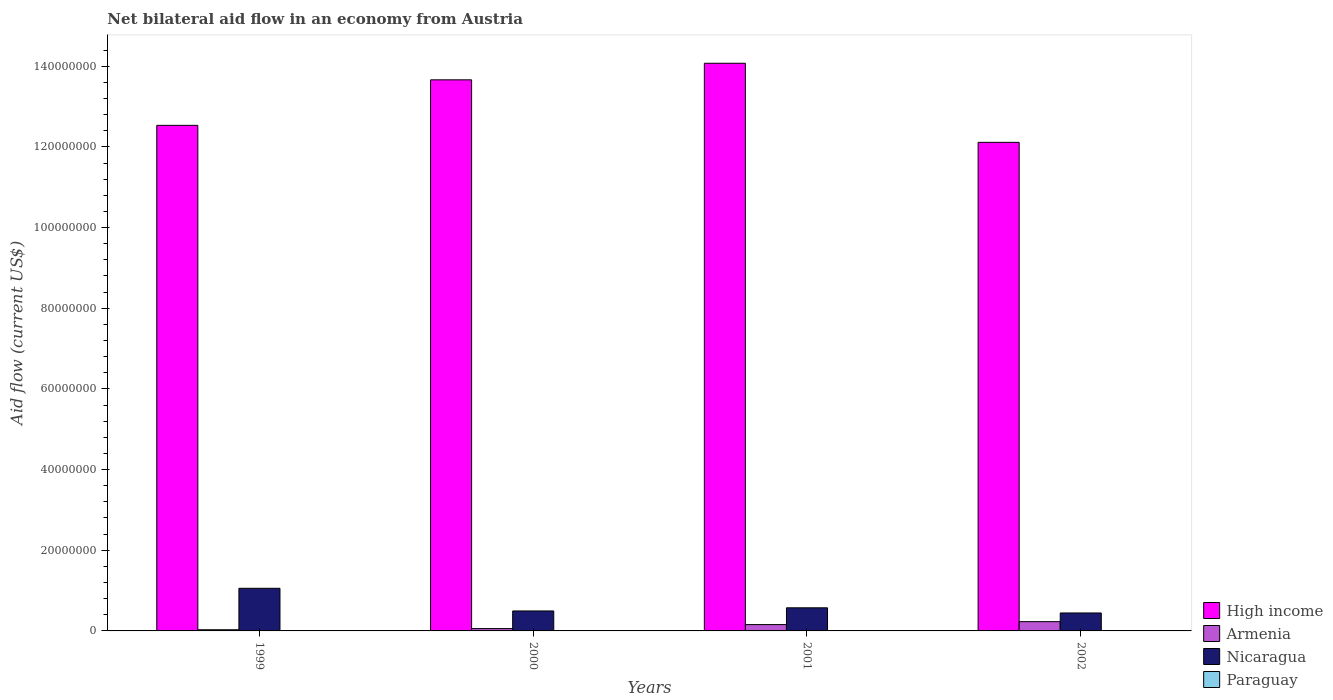
| Years | High income | Armenia | Nicaragua | Paraguay |
 | --- | --- | --- | --- | --- |
 | 1999 | 1.25e+08 | 2.9e+05 | 1.06e+07 | 2e+04 |
 | 2000 | 1.37e+08 | 5.8e+05 | 4.95e+06 | 1e+04 |
 | 2001 | 1.41e+08 | 1.57e+06 | 5.73e+06 | 1e+04 |
 | 2002 | 1.21e+08 | 2.3e+06 | 4.45e+06 | 1e+04 |